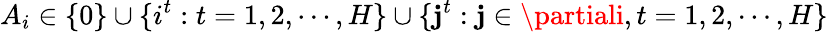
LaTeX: A_{i}\in\{ 0\} \cup\{ i^{t}:t=1,2,\cdots,H\} \cup\{ \mathbf{j}^{t}:\mathbf{j}\in\partiali,t=1,2,\cdots,H\}